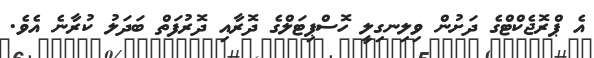
އެ ޕްރޮޖެކްޓްގެ ދަށުން ވިލިނގިލީ ހޮސްޕިޓަލްގެ ދޮރާއި ދޮރުފަތް ބަދަލު ކުރާނެ އެވެ.